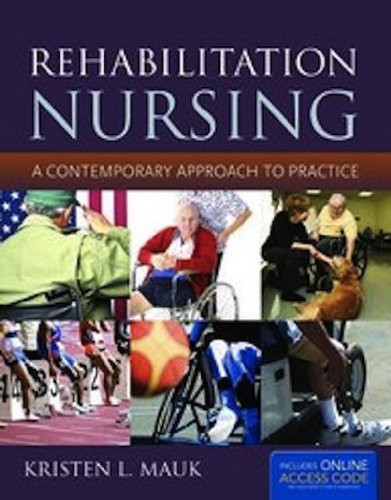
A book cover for Rehabilitation Nursing: A Contemporary Approach to Practice; Kristen L. Mauk; Medical Books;